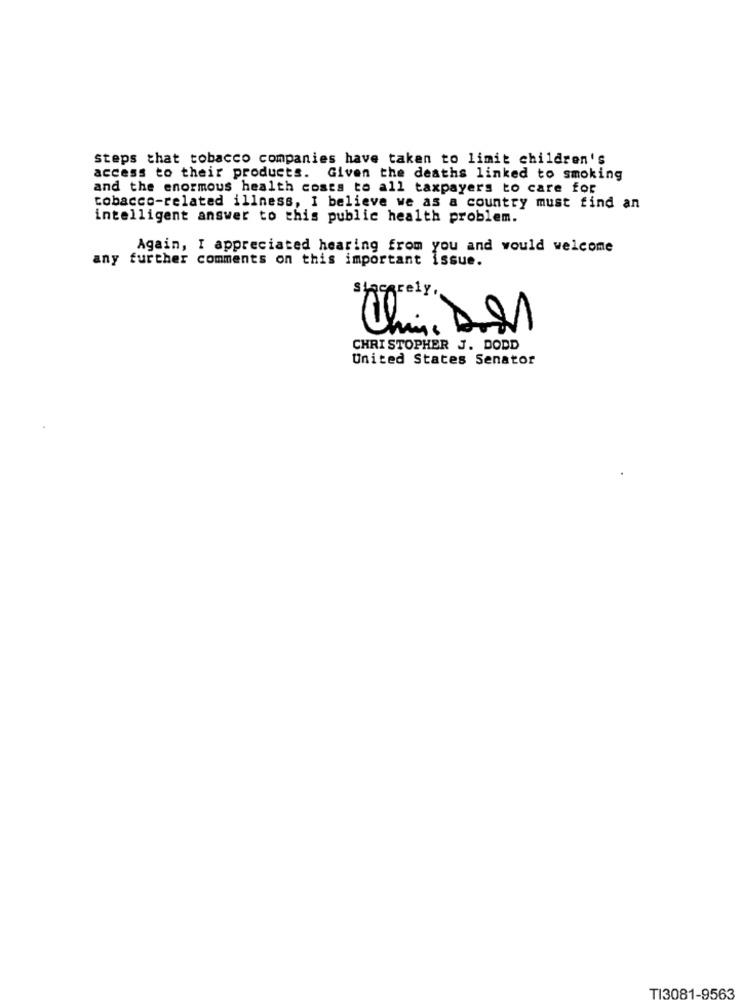
Steps that tobacco companies have taken to limit children's
access to their products. Given the deaths linked to smoking
and the enormous health costs to all taxpayers to care for
tobacco-related illness, I believe we as a country must find an
intelligent answer to this public health problem.
Again, I appreciated hearing from you and would welcome
any further comments on this important issue.
sincerely,
Chin. Dill
CHRISTOPHER J. DODD
United States Senator
TI3081-9563